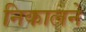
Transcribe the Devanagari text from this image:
निकालने